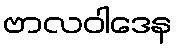
ဗာလဝါဒေန